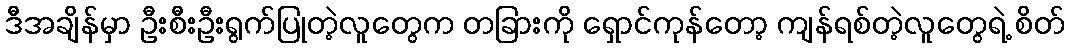
ဒီအချိန်မှာ ဦးစီးဦးရွက်ပြုတဲ့လူတွေက တခြားကို ရှောင်ကုန်တော့ ကျန်ရစ်တဲ့လူတွေရဲ့ စိတ်